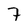
Character: 7